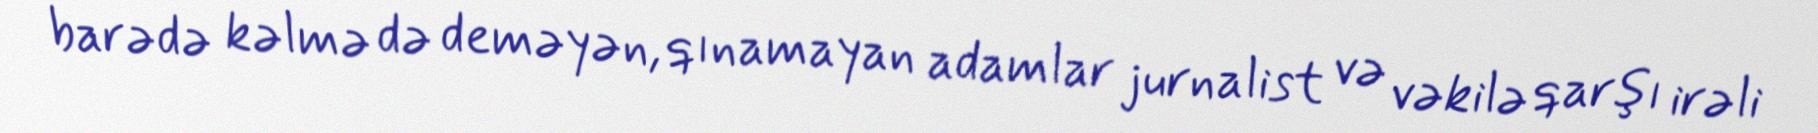
barədə kəlmə də deməyən, qınamayan adamlar jurnalist və vəkilə qarşı irəli